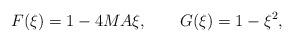
LaTeX: \begin{align*}F(\xi)=1- 4MA\xi, \qquad G(\xi) = 1-\xi^2,\end{align*}